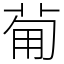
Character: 𤰈